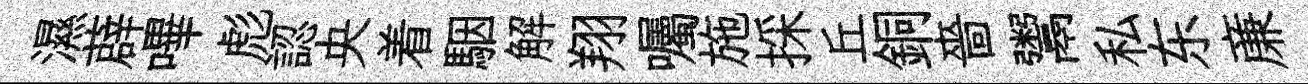
濕薜嗶彪認央着駰解翔囑施採丘銅嗇鬻私东亷